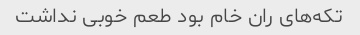
تکه‌های ران خام بود طعم خوبی نداشت